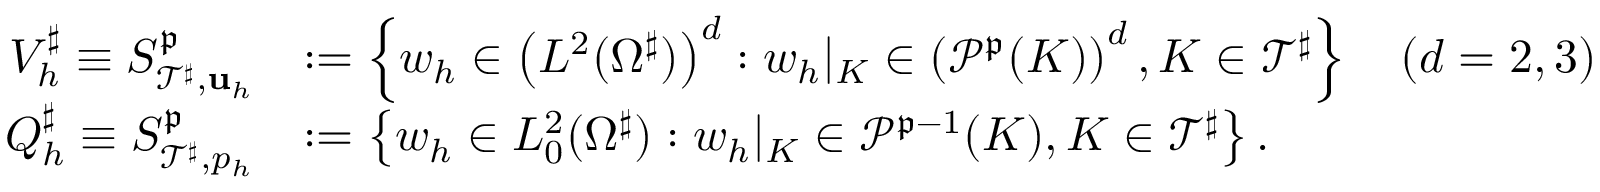
\begin{array} { r l } { V _ { h } ^ { \sharp } \equiv S _ { \mathcal { T } ^ { \sharp } , { \mathbf { u } } _ { h } } ^ { \mathfrak { p } } } & { : = \left\{ w _ { h } \in \left( L ^ { 2 } ( \Omega ^ { \sharp } ) \right) ^ { d } : w _ { h } | _ { K } \in \left( \mathcal { P } ^ { \mathfrak { p } } ( K ) \right) ^ { d } , K \in \mathcal { T } ^ { \sharp } \right\} \quad ( d = 2 , 3 ) } \\ { Q _ { h } ^ { \sharp } \equiv S _ { \mathcal { T } ^ { \sharp } , p _ { h } } ^ { \mathfrak { p } } } & { : = \left\{ w _ { h } \in L _ { 0 } ^ { 2 } ( \Omega ^ { \sharp } ) : w _ { h } | _ { K } \in \mathcal { P } ^ { \mathfrak { p } - 1 } ( K ) , K \in \mathcal { T } ^ { \sharp } \right\} . } \end{array}